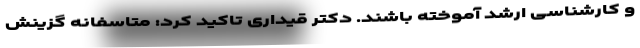
و کارشناسی ارشد آموخته باشند. دکتر قیداری تاکید کرد: متاسفانه گزینش